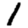
Digit: 1